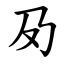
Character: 夃